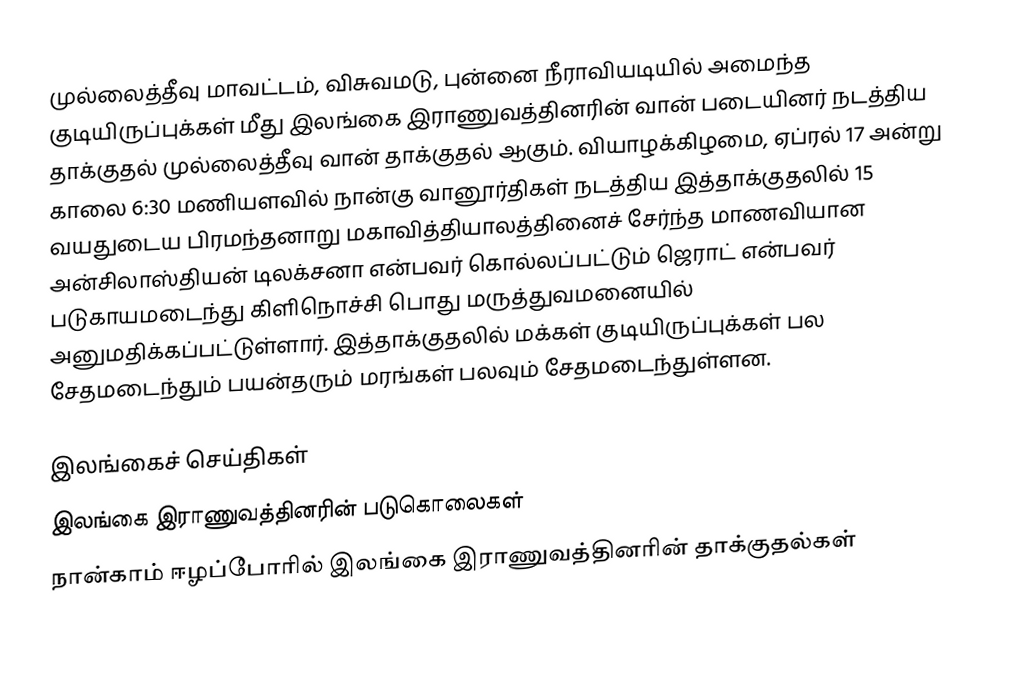
முல்லைத்தீவு மாவட்டம், விசுவமடு, புன்னை நீராவியடியில் அமைந்த குடியிருப்புக்கள் மீது இலங்கை இராணுவத்தினரின் வான் படையினர் நடத்திய தாக்குதல் முல்லைத்தீவு வான் தாக்குதல் ஆகும். வியாழக்கிழமை, ஏப்ரல் 17 அன்று காலை 6:30 மணியளவில் நான்கு வானூர்திகள் நடத்திய இத்தாக்குதலில் 15 வயதுடைய பிரமந்தனாறு மகாவித்தியாலத்தினைச் சேர்ந்த மாணவியான அன்சிலாஸ்தியன் டிலக்சனா என்பவர் கொல்லப்பட்டும் ஜெராட் என்பவர் படுகாயமடைந்து கிளிநொச்சி பொது மருத்துவமனையில் அனுமதிக்கப்பட்டுள்ளார். இத்தாக்குதலில் மக்கள் குடியிருப்புக்கள் பல சேதமடைந்தும் பயன்தரும் மரங்கள் பலவும் சேதமடைந்துள்ளன.

இலங்கைச் செய்திகள்
இலங்கை இராணுவத்தினரின் படுகொலைகள்
நான்காம் ஈழப்போரில் இலங்கை இராணுவத்தினரின் தாக்குதல்கள்